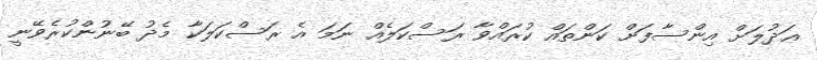
ޢަދުލަށް އިންސާފަށް ކަންތައް ކުރައްވާ ރަސްކަލެއް ނަމަ އެ ރަސްކަލަކާ މެދު ބޭނުންކުރެވޭނީ